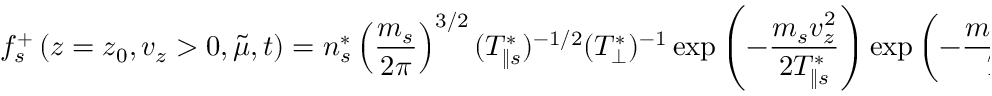
f _ { s } ^ { + } \left( z = z _ { 0 } , v _ { z } > 0 , \Tilde { \mu } , t \right) = n _ { s } ^ { * } \left( \frac { m _ { s } } { 2 \pi } \right) ^ { 3 / 2 } ( T _ { \| s } ^ { * } ) ^ { - 1 / 2 } ( T _ { \perp } ^ { * } ) ^ { - 1 } \exp \left( - \frac { m _ { s } v _ { z } ^ { 2 } } { 2 T _ { \| s } ^ { * } } \right) \exp \left( - \frac { m _ { s } \Tilde { \mu } B _ { 0 } } { T _ { \perp s } ^ { * } } \right) , \quad s = i , e